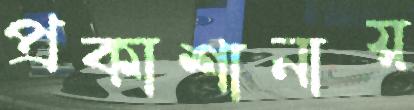
প্রকাশানায়